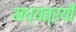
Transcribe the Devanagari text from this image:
मध्यत्रयी